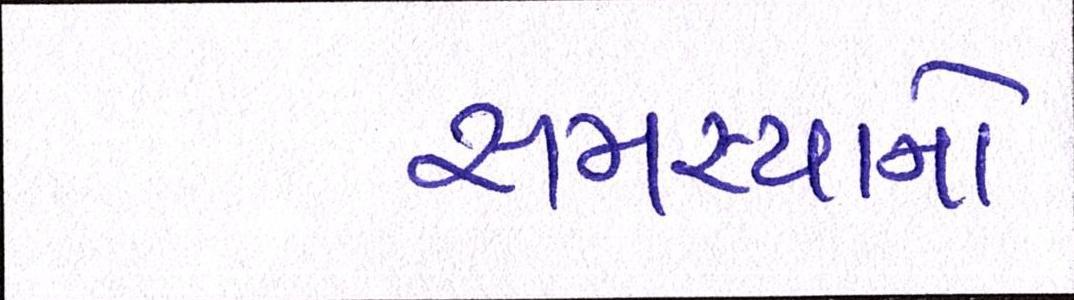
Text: સમસ્યાનો